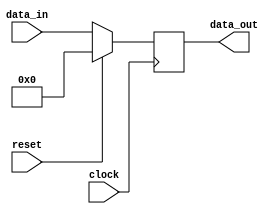
// This program was cloned from: https://github.com/jhshi/openofdm
// License: Apache License 2.0

module delayT
#(
    parameter DATA_WIDTH = 32,
    parameter DELAY = 1
)
(
    input clock,
    input reset,

    input [DATA_WIDTH-1:0] data_in,
    output [DATA_WIDTH-1:0] data_out
);

reg [DATA_WIDTH-1:0] ram[DELAY-1:0];
integer i;

assign data_out = ram[DELAY-1];

always @(posedge clock) begin
    if (reset) begin
        for (i = 0; i < DELAY; i = i+1) begin
            ram[i] <= 0;
        end
    end else begin
        ram[0] <= data_in;
        for (i = 1; i < DELAY; i= i+1) begin
            ram[i] <= ram[i-1];
        end
    end
end

endmodule